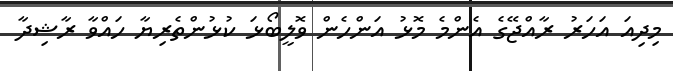
މިދިއަ އަހަރު ރާއްޖޭގެ އެންމެ މޮޅު އަންހެން ވޮލީބޯޅަ ކުޅުންތެރިޔާ ހައްވާ ރާޝިދާ